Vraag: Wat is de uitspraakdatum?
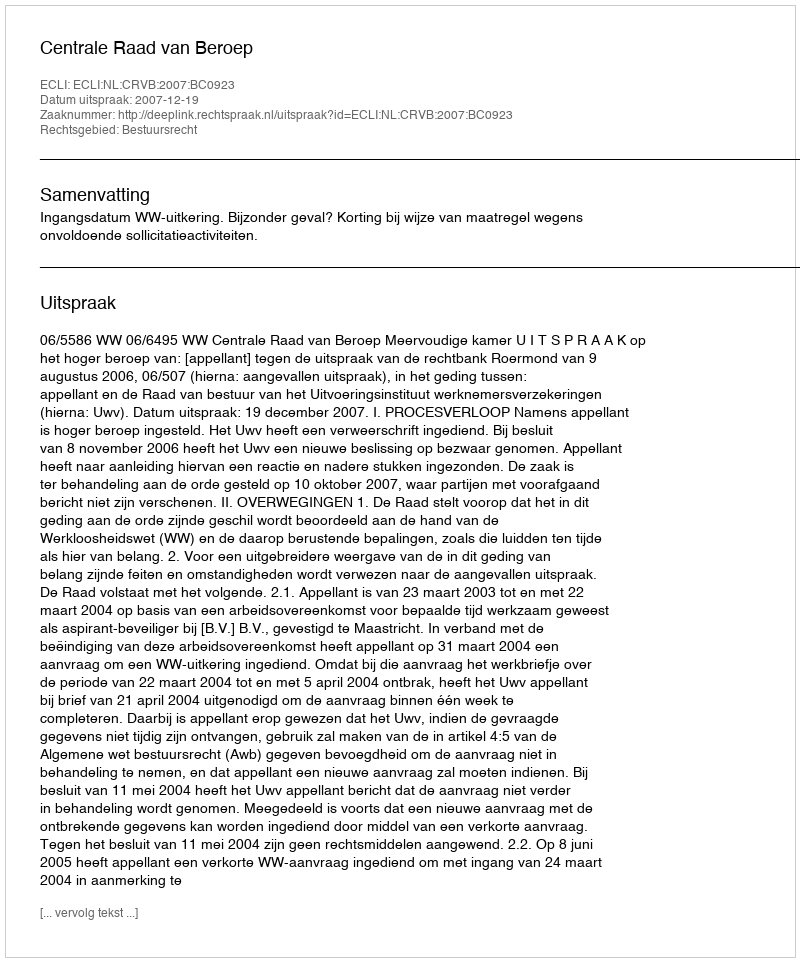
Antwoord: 2007-12-19